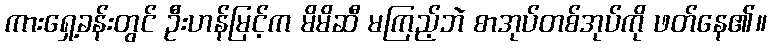
ကားရှေ့ခန်းတွင် ဦးဟန်မြင့်က မိမိဆီ မကြည့်ဘဲ စာအုပ်တစ်အုပ်ကို ဖတ်နေ၏။